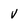
Character: V